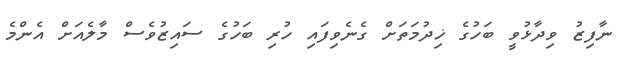
ނާފިޒު ވިދާޅުވީ ބަހުގެ ޚިދުމަތަށް ގެނެވިފައި ހުރި ބަހުގެ ސައިޒުވެސް މާލެއަށް އެންމެ